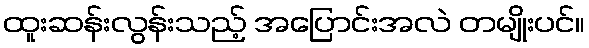
ထူးဆန်းလွန်းသည့် အပြောင်းအလဲ တမျိုးပင်။